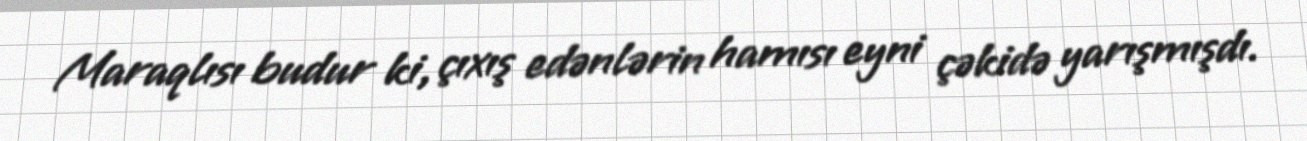
Maraqlısı budur ki, çıxış edənlərin hamısı eyni çəkidə yarışmışdı.